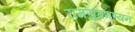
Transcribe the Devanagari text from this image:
रामसुब्रमण्यन